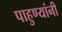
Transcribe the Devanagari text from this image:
पाहुण्यांनी